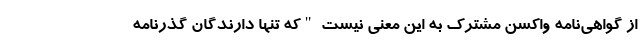
از گواهی‌نامه واکسن مشترک به این معنی نیست "که تنها دارندگان گذرنامه